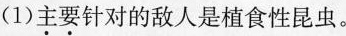
(1)主要针对的敌人是植食性昆虫。